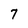
Character: 7